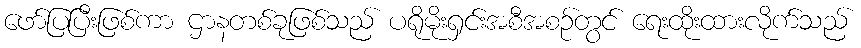
ဖော်ပြပြီးဖြစ်ကာ ဌာနတစ်ခုဖြစ်သည် ပရိုမိုးရှင်းအစီအစဉ်တွင် ရေးထိုးထားလိုက်သည်